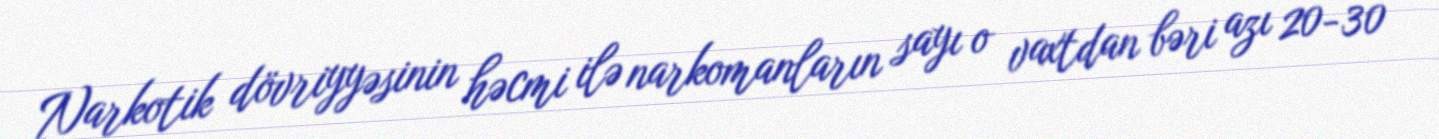
Narkotik dövriyyəsinin həcmi ilə narkomanların sayı o vaxtdan bəri azı 20-30